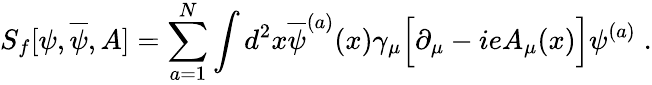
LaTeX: S_{f}[\psi,\overline{{{\psi}}},A]=\sum_{a=1}^{N}\int d^{2}x\overline{{{\psi}}}^{(a)}(x)\gamma_{\mu}\Big[\partial_{\mu}-ieA_{\mu}(x)\Big]\psi^{(a)}\; .